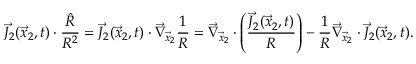
\vec { J } _ { 2 } ( \vec { x } _ { 2 } , t ) \cdot \frac { \hat { R } } { R ^ { 2 } } = \vec { J } _ { 2 } ( \vec { x } _ { 2 } , t ) \cdot \vec { \nabla } _ { \vec { x } _ { 2 } } \frac { 1 } { R } = \vec { \nabla } _ { \vec { x } _ { 2 } } \cdot \left( \frac { \vec { J } _ { 2 } ( \vec { x } _ { 2 } , t ) } { R } \right) - \frac { 1 } { R } \vec { \nabla } _ { \vec { x } _ { 2 } } \cdot \vec { J } _ { 2 } ( \vec { x } _ { 2 } , t ) .